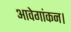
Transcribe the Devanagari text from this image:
आवेगांकन।